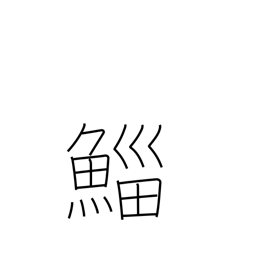
Meaning: mullet (fish)